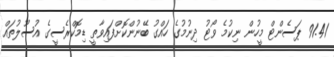
91.41 ޕަސެންޓް މީހުން ނިކުމެ ވޯޓު ދިނުމުގެ ހައްގު ބޭނުންކޮށްފައިވާތީ ޑިމޮކްރެސީގެ އުސޫލުތައް